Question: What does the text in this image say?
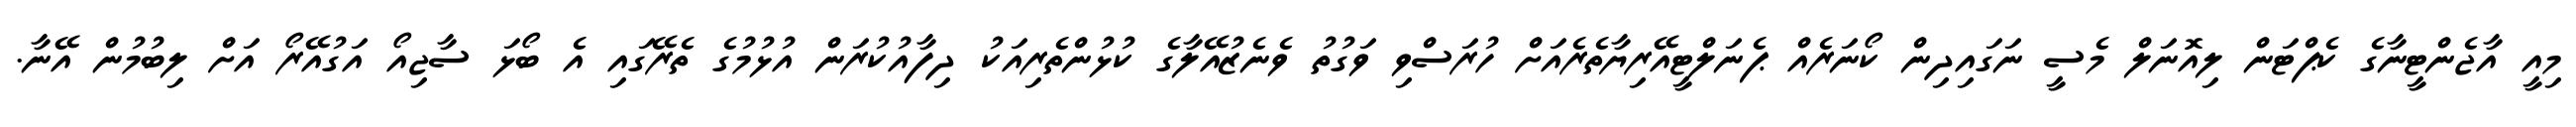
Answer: މިއީ އާޖެންޓީނާގެ ކެޕްޓަން ލިއޮނަލް މެސީ ނަގައިދިން ކޯނަރެއް ޕެނަލްޓީއޭރިޔާތެރެއަށް ހުރަސްވި ވަގުތު ވެނެޒުއޭލާގެ ކުޅުންތެރިއަކު ދިފާއުކުރަން އުޅުމުގެ ތެރޭގައި އެ ބޯޅަ ސާޖިއޯ އަގުއޭރޯ އަށް ލިބުމުން އޭނާ.